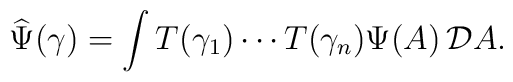
\widehat\Psi(\gamma) =  \int T(\gamma_1) \cdots T(\gamma_n)\Psi(A)\,{\cal D}A .